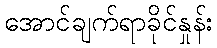
အောင်ချက်ရာခိုင်နှုန်း